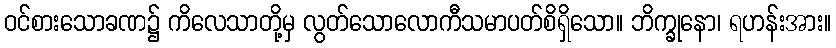
ဝင်စားသောခဏ၌ ကိလေသာတို့မှ လွတ်သောလောကီသမာပတ်စိရှိသော။ ဘိက္ခုနော၊ ရဟန်းအား။